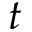
t